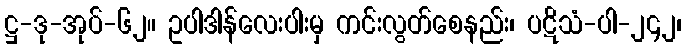
ဋ္ဌ-ဒု-အုပ်-၆၂။ ဥပါဒါန်လေးပါးမှ ကင်းလွတ်စေနည်း၊ ပဋိသံ-ပါ-၂၄၂၊